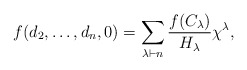
\begin{gather*}f(d_2,\ldots,d_n,0)= \sum_{\lambda \vdash n} \frac{f(C_{\lambda})}{H_{\lambda}} \chi^{\lambda},\end{gather*}